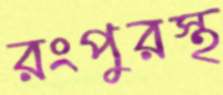
রংপুরস্থ